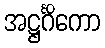
အဋ္ဌင်္ဂိကော